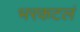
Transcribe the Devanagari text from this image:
भरकटलं